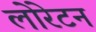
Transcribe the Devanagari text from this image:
लोरेटन